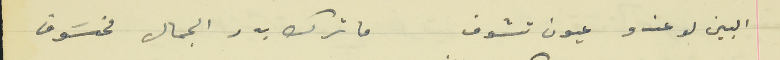
البين لو عندو عيون تشوف                                  ما ترك بدر الجمال مخسَوف